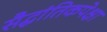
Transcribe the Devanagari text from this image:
सैद्धांतिकपेक्षा